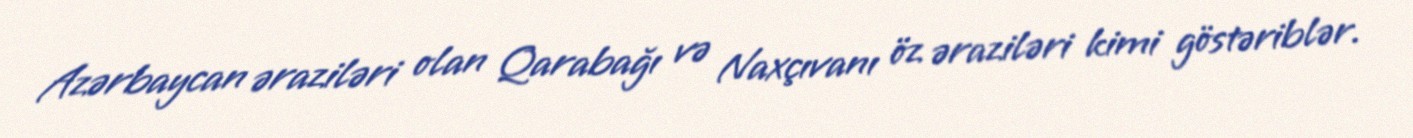
Azərbaycan əraziləri olan Qarabağı və Naxçıvanı öz əraziləri kimi göstəriblər.